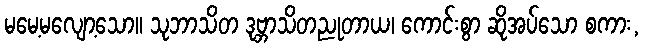
မမေ့မလျော့သော။ သုဘာသိတ ဒုဗ္ဘာသိတညုတာယ၊ ကောင်းစွာ ဆိုအပ်သော စကား,